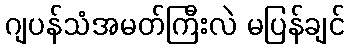
ဂျပန်သံအမတ်ကြီးလဲ မပြန်ချင်